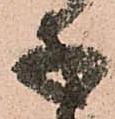
子